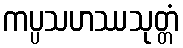
ကပ္ပသဟဿသုတ္တံ